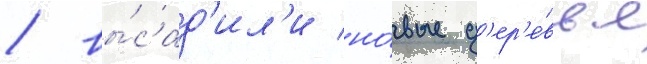
/ вы́сад'ил'и но́вые д'ер'е́вья